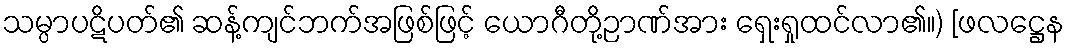
သမ္ပာပဋိပတ်၏ ဆန့်ကျင်ဘက်အဖြစ်ဖြင့် ယောဂီတို့ဉာဏ်အား ရှေးရှုထင်လာ၏။) [ဖလဋ္ဌေန